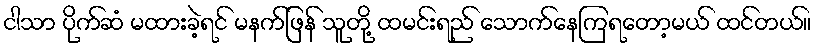
ငါသာ ပိုက်ဆံ မထားခဲ့ရင် မနက်ဖြန် သူတို့ ထမင်းရည် သောက်နေကြရတော့မယ် ထင်တယ်။